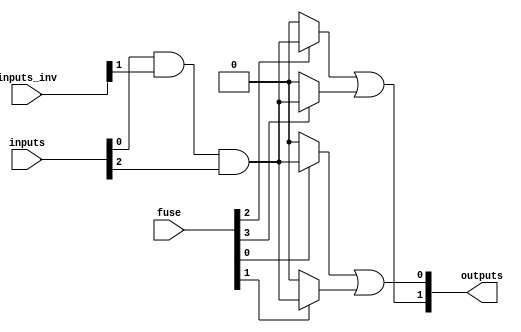
module FusedPAL #(
    parameter N = 4, // Number of inputs
    parameter M = 2,  // Number of outputs
    parameter AND_TERMS = 4 // Number of programmable AND gates
) (
    input  [N-1:0] inputs,           // Input signals
    input  [N-1:0] inputs_inv,       // Inverted inputs
    input  [AND_TERMS-1:0] fuse,     // Fuse control (1=connected, 0=disconnected)
    output [M-1:0] outputs           // Output signals
);

    // Intermediate signals from AND gates
    wire [AND_TERMS-1:0] and_outputs;

    // Programmable AND array
    generate
        genvar i;
        for (i = 0; i < AND_TERMS; i = i + 1) begin : and_array
            assign and_outputs[i] = (fuse[i]) ? 
                (inputs[0] & inputs_inv[1] & inputs[2]) : 1'b0; // Example: customize accordingly
        end
    endgenerate

    // Fixed OR array
    assign outputs[0] = and_outputs[0] | and_outputs[1]; // Example: customize accordingly
    assign outputs[1] = and_outputs[2] | and_outputs[3]; // Example: customize accordingly

endmodule